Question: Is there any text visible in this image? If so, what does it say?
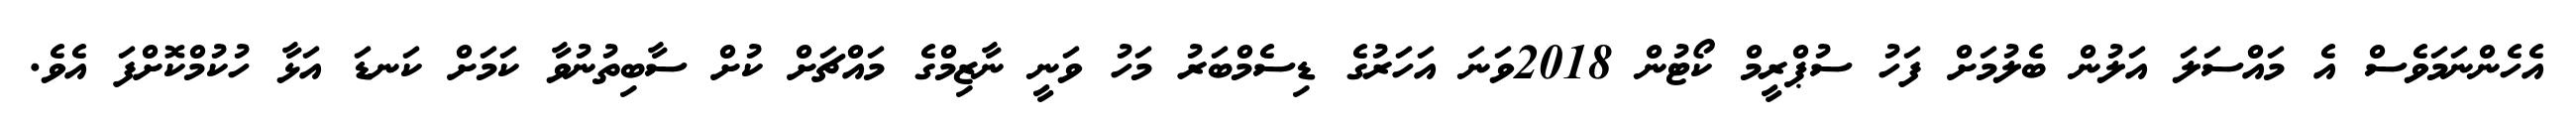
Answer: އެހެންނަމަވެސް އެ މައްސަލަ އަލުން ބެލުމަށް ފަހު ސުޕްރީމް ކޯޓުން 2018ވަނަ އަހަރުގެ ޑިސެމްބަރު މަހު ވަނީ ނާޒިމްގެ މައްޗަށް ކުށް ސާބިތުނުވާ ކަމަށް ކަނޑަ އަޅާ ހުކުމްކޮށްފަ އެވެ.